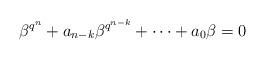
LaTeX: \begin{align*} \beta^{q^n}+a_{n-k}\beta^{q^{n-k}}+\cdots +a_0 \beta=0 \end{align*}